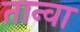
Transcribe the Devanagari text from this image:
तान्वा